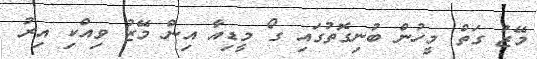
މޭޒު ގަތް މީހުން ބުނިގޮތުގައި ގޯ މީޑިއާ އިން މޭޒު ވިއްކި އިރު